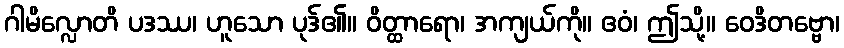
ဂါမိလ္လောတိ ပဒဿ၊ ဟူသော ပုဒ်၏။ ဝိတ္ထာရော၊ အကျယ်ကို။ ဧဝံ၊ ဤသို့။ ဝေဒိတဗ္ဗော၊